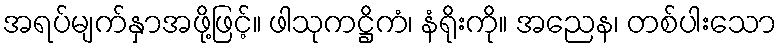
အရပ်မျက်နှာအဖို့ဖြင့်။ ဖါသုကဋ္ဌိကံ၊ နံရိုးကို။ အညေန၊ တစ်ပါးသော